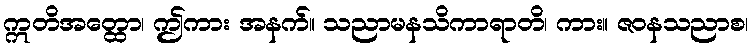
ဣတိအတ္ထော၊ ဤကား အနက်။ သညာမနသိကာရာတိ၊ ကား။ ဇဝနသညာစ၊